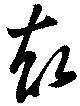
却